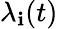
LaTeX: {\lambda}_{\mathbf{i}}(t)